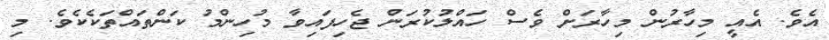
އެވެ. އެއީ މިހާރުން މިހާރަށް ވެސް ހައްލުކުރަން ޖެހިފައިވާ މުހިންމު ކަންތައްތަކެކެވެ. މި